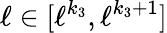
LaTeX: \ell\in[\ell^{k_{3}},\ell^{k_{3}+1}]